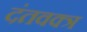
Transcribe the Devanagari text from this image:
दंतवक्त्र